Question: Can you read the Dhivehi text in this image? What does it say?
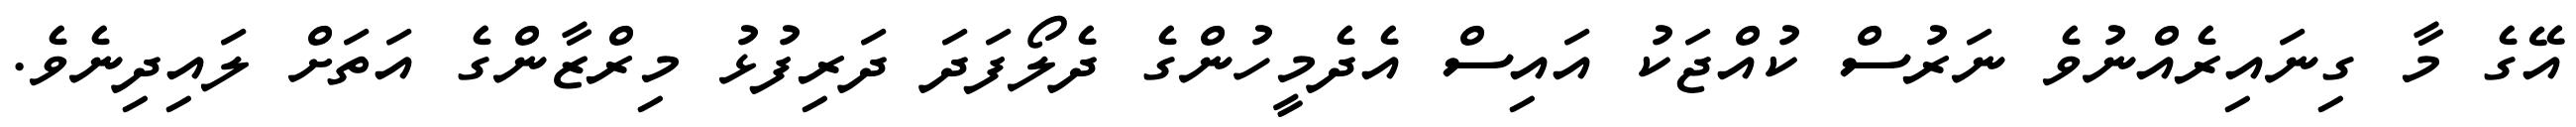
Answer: އޭގެ މާ ގިނައިރެއްނުވެ ނަރުސް ކުއްޖަކު އައިސް އެދެމީހުންގެ ދެލޯފަދަ ދަރިފުޅު މިރްޒާންގެ އަތަށް ލައިދިނެވެ.